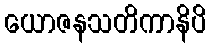
ယောဇနသတိကာနိပိ